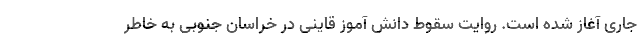
جاری آغاز شده است. روایت سقوط دانش آموز قاینی در خراسان جنوبی به خاطر